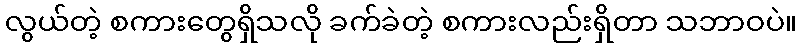
လွယ်တဲ့ စကားတွေရှိသလို ခက်ခဲတဲ့ စကားလည်းရှိတာ သဘာဝပဲ။